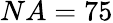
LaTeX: NA=75